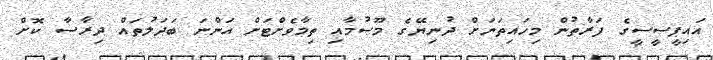
އައިޕީސީސީގެ ފަރާތުން މިހައިތަނަށް ދުނިޔޭގެ މޫސުމާއި ތިމާވެށްޓަށް އަންނަ ބަދަލުތައް ދިރާސާ ކޮށް